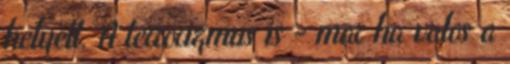
helyett. A terrorizmus is - mar ha valos a